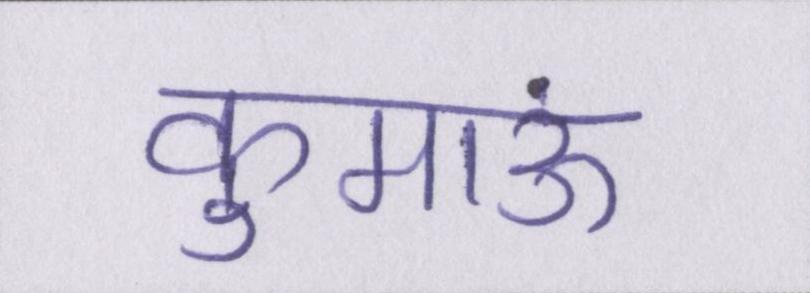
कुमाऊं